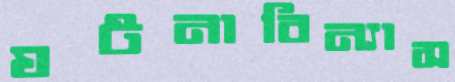
ঘটনাবিন্যাস